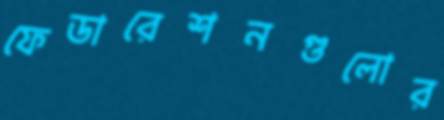
ফেডারেশনগুলোর